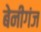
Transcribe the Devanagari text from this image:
बेनीगंज